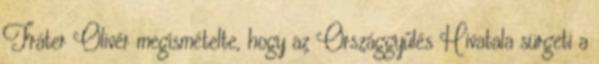
Fráter Olivér megismételte, hogy az Országgyűlés Hivatala sürgeti a